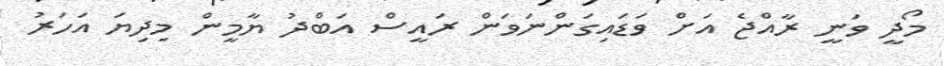
މޯދީ ވަނީ ރާއްޖެ އަށް ވަޑައިގަންނަވަން ރައީސް އަބްދު ޔާމީން މިދިޔަ އަހަރު